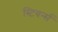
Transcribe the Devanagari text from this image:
स्टियर्न्स